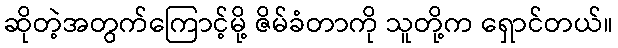
ဆိုတဲ့အတွက်ကြောင့်မို့ ဇိမ်ခံတာကို သူတို့က ရှောင်တယ်။